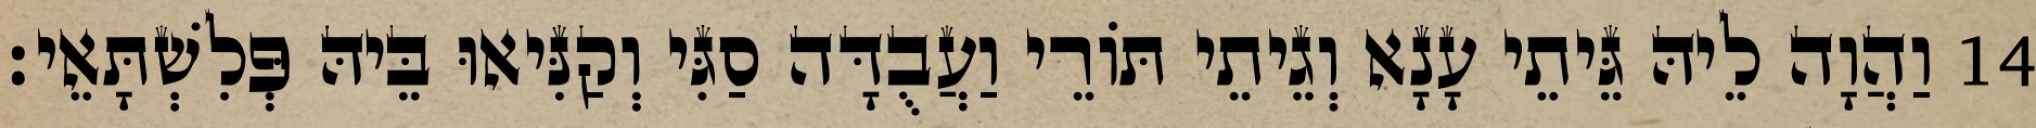
14 וַהֲוָה לֵיהּ גֵּיתֵי עָנָא וְגֵיתֵי תּוֹרֵי וַעֲבֻדָּה סַגִּי וְקַנִּיאוּ בֵּיהּ פְּלִשְׁתָּאֵי׃